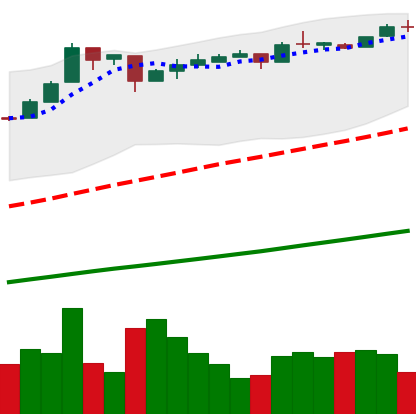
Ticker: BTC-USD
Chart end date: 2016-12-18
Forward return: 16.629%
Label: up_7plus